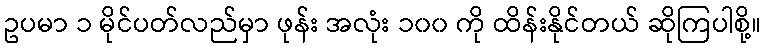
ဥပမာ ၁ မိုင်ပတ်လည်မှာ ဖုန်း အလုံး ၁၀၀ ကို ထိန်းနိုင်တယ် ဆိုကြပါစို့။